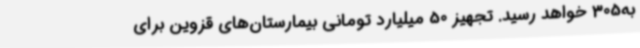
به305 خواهد رسید. تجهیز 50 میلیارد تومانی بیمارستان‌های قزوین برای